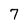
Character: 7